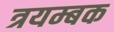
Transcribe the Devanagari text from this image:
त्रयम्बक